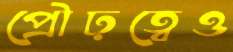
প্রৌঢ়ত্বেও